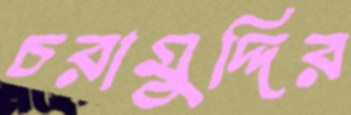
চরামুদ্দির